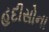
હદીસોના